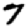
Digit: 7